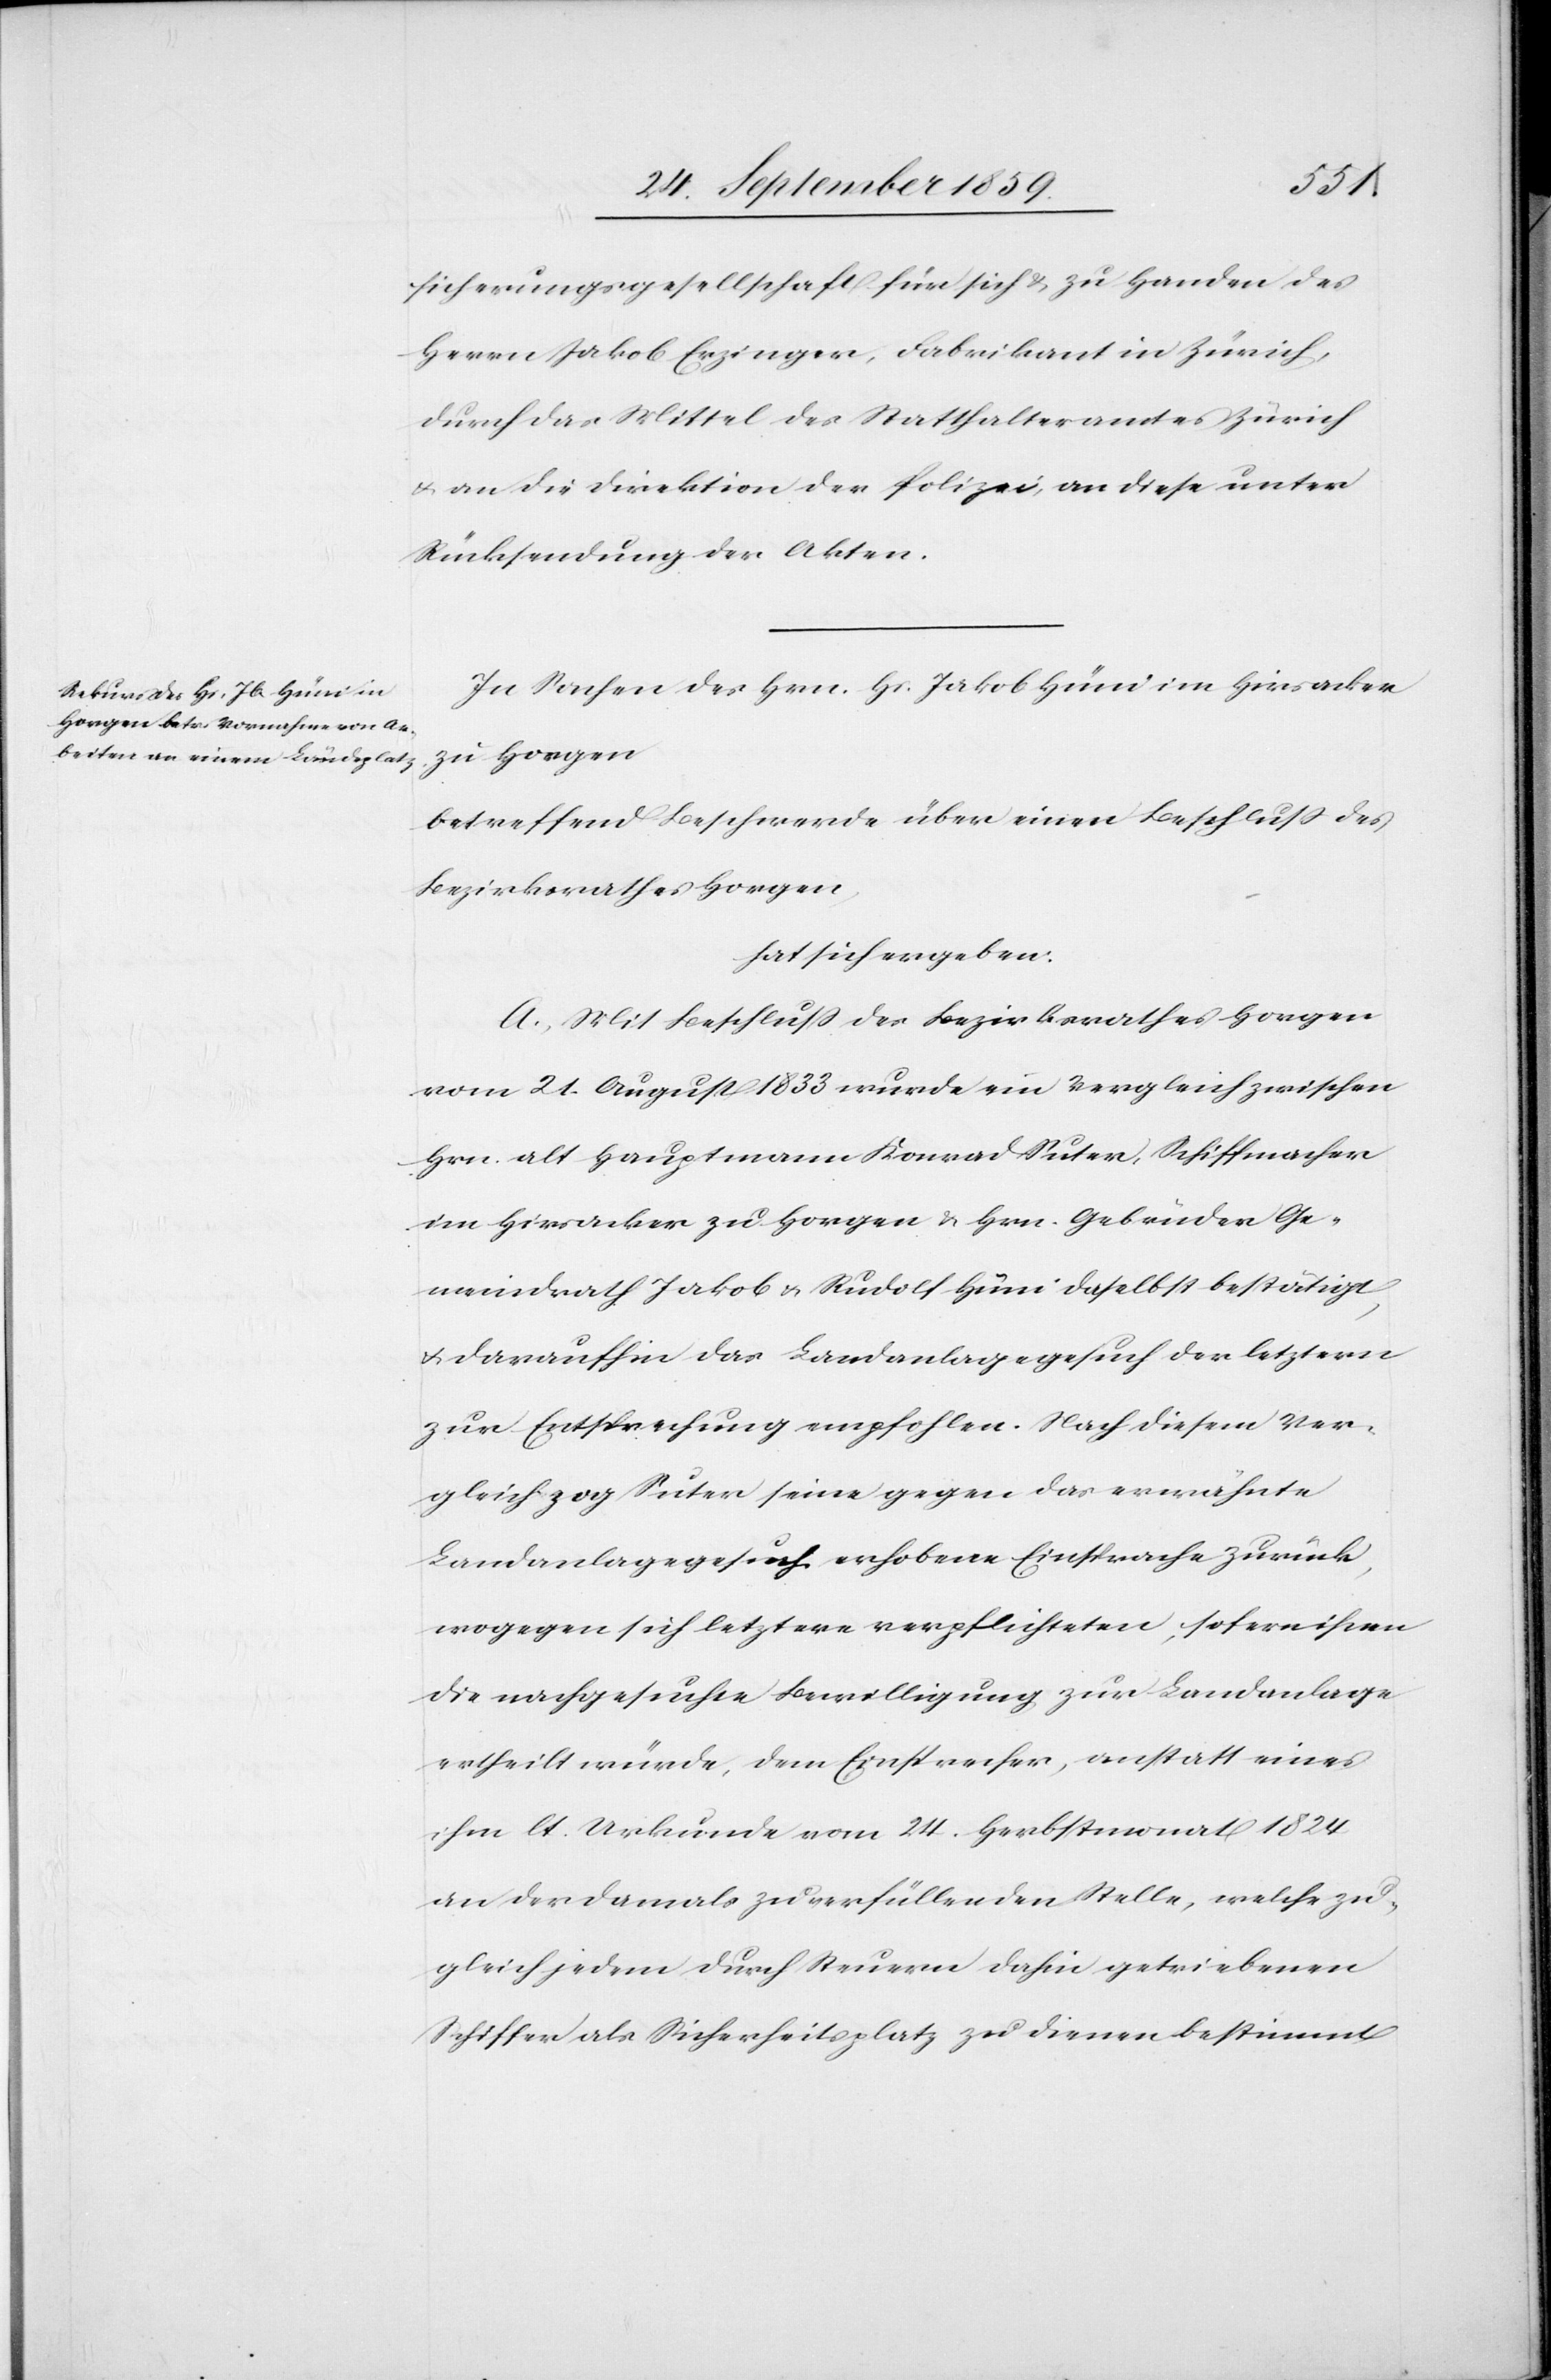
sicherungsgesellschaft für sich & zu Handen des
Herrn Jakob Erzinger, Fabrikant in Zürich,
durch das Mittel des Statthalteramtes Zürich
& an die Direktion der Polizei, an diese unter
Rücksendung der Akten.
In Sachen des Hrn. Hs. Jakob Hüni im Hirsacker
zu Horgen
betreffend Beschwerde über einen Beschluß des
Bezirksrathes Horgen,
hat sich ergeben:
A. Mit Beschluß des Bezirksrathes Horgen
vom 21. August 1833 wurde ein Vergleich zwischen
Hrn. alt Hauptmann Konrad Suter, Schiffmacher
im Hirsacker zu Horgen & Hrn. Gebrüder Ge¬
meindrath Jakob & Rudolf Hüni daselbst bestätigt,
& daraufhin das Landanlagegesuch der letztern
zur Entsprechung empfohlen. Nach diesem Ver¬
gleich zog Suter seine gegen das erwähnte
Landanlagegesuch erhobene Einsprache zurück,
wogegen sich letztere verpflichteten, sofern i[?hm]
die nachgesuchte Bewilligung zur Landanlage
ertheilt würde, dem Einsprecher, anstatt eines
ihm lt. Urkunde vom 24. Herbstmonat 1824
an der damals zu erfüllenden Stelle, welche zu¬
gleich jedem durch Steuern dahin getriebenen
Schiffer als Sicherheitsplatz zu dienen bestimmt